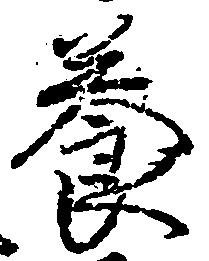
養